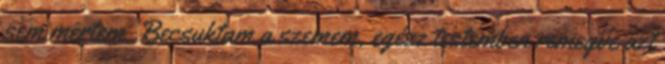
sem mertem. Becsuktam a szemem, egész testemben remegve azt